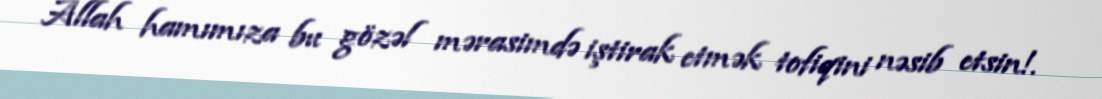
Allah hamımıza bu gözəl mərasimdə iştirak etmək tofiqini nəsib etsin!.